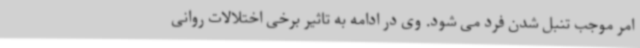
امر موجب تنبل شدن فرد می شود. وی در ادامه به تاثیر برخی اختلالات روانی